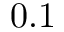
0 . 1